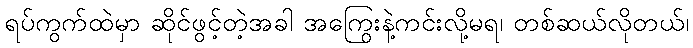
ရပ်ကွက်ထဲမှာ ဆိုင်ဖွင့်တဲ့အခါ အကြွေးနဲ့ကင်းလို့မရ၊ တစ်ဆယ်လိုတယ်၊